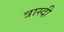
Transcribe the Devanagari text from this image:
त्रास्दी